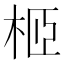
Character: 𣐵